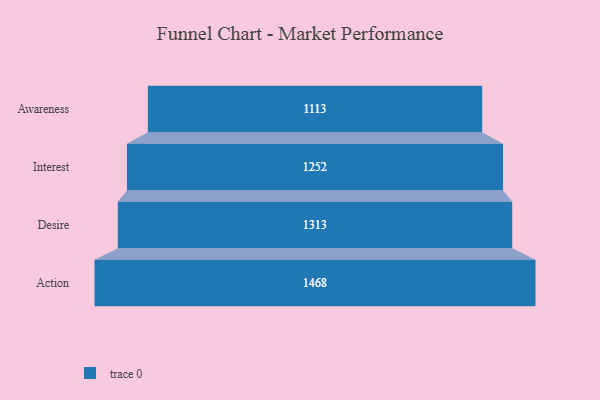
{"axis": {"x": "Stage", "y": "Value"}, "legend": [""], "data": [{"x": "Awareness", "y": 1113.0, "type": ""}, {"x": "Interest", "y": 1252.0, "type": ""}, {"x": "Desire", "y": 1313.0, "type": ""}, {"x": "Action", "y": 1468.0, "type": ""}]}